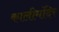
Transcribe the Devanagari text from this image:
कालीमंदिर